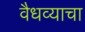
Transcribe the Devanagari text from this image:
वैधव्याचा